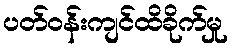
ပတ်ဝန်းကျင်ထိခိုက်မှု